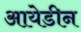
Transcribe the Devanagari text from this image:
आयेडीन